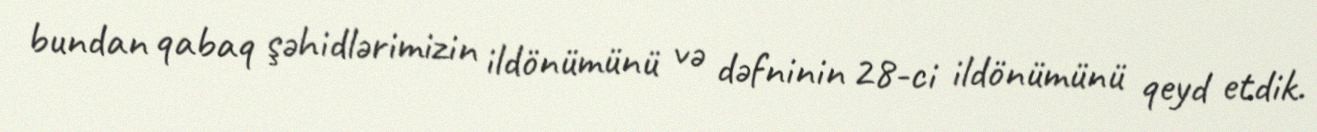
bundan qabaq şəhidlərimizin ildönümünü və dəfninin 28-ci ildönümünü qeyd etdik.